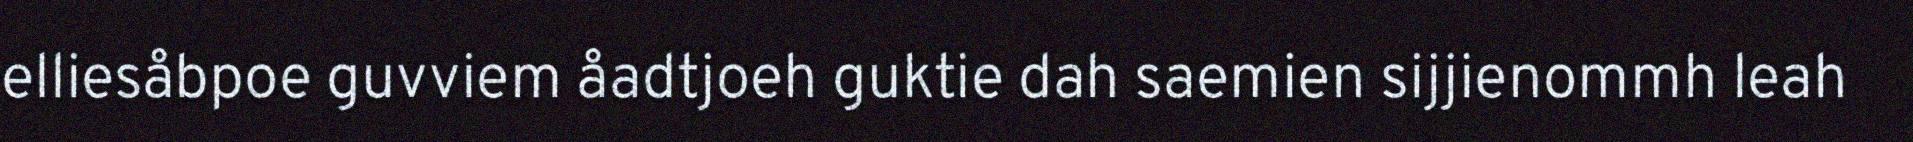
elliesåbpoe guvviem åadtjoeh guktie dah saemien sijjienommh leah